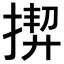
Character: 𢰟